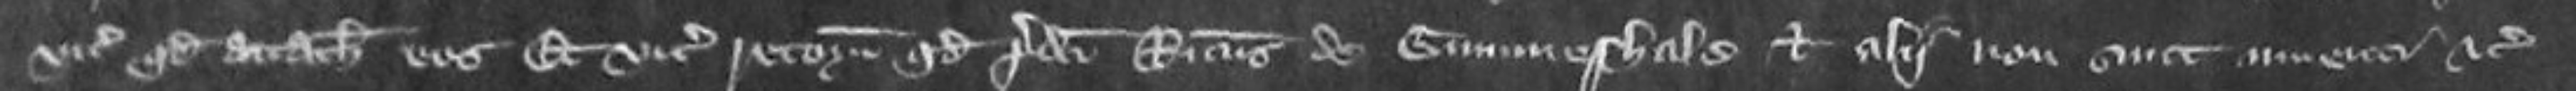
vicecomiti quod attachiat eos et vicecomes retornavit quod predicti Ricardus de Gummeshalle et alii non sunt inventi etc